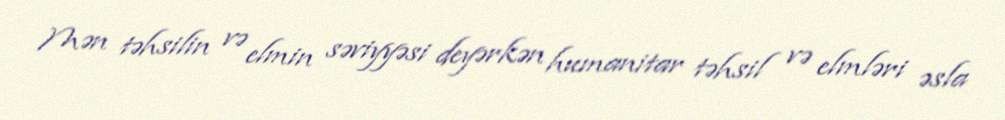
Mən təhsilin və elmin səviyyəsi deyərkən humanitar təhsil və elmləri əsla